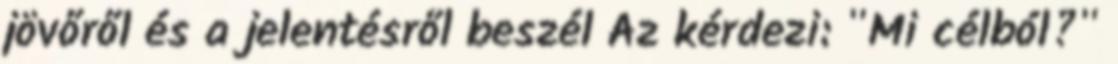
jövőről és a jelentésről beszél Az kérdezi: "Mi célból?"